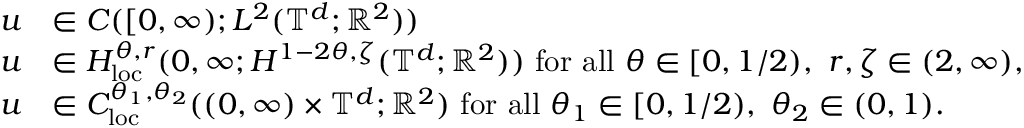
\begin{array} { r l } { u } & { \in C ( [ 0 , \infty ) ; L ^ { 2 } ( \mathbb { T } ^ { d } ; { \mathbb R } ^ { 2 } ) ) } \\ { u } & { \in H _ { \mathrm { l o c } } ^ { \theta , r } ( 0 , \infty ; H ^ { 1 - 2 \theta , \zeta } ( \mathbb { T } ^ { d } ; { \mathbb R } ^ { 2 } ) ) \ \mathrm { f o r ~ a l l ~ } \theta \in [ 0 , 1 / 2 ) , \ r , \zeta \in ( 2 , \infty ) , } \\ { u } & { \in C _ { \mathrm { l o c } } ^ { \theta _ { 1 } , \theta _ { 2 } } ( ( 0 , \infty ) \times \mathbb { T } ^ { d } ; { \mathbb R } ^ { 2 } ) \ \mathrm { f o r ~ a l l ~ } \theta _ { 1 } \in [ 0 , 1 / 2 ) , \ \theta _ { 2 } \in ( 0 , 1 ) . } \end{array}